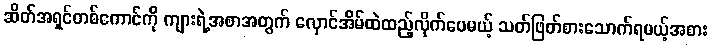
ဆိတ်အရှင်တစ်ကောင်ကို ကျားရဲ့အစာအတွက် လှောင်အိမ်ထဲထည့်လိုက်ပေမယ့် သတ်ဖြတ်စားသောက်ရမယ့်အစား